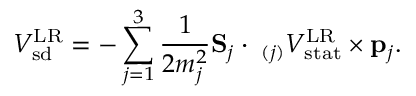
V _ { \mathrm { s d } } ^ { \mathrm { L R } } = - \sum _ { j = 1 } ^ { 3 } { \frac { 1 } { 2 m _ { j } ^ { 2 } } } { \bf S } _ { j } \cdot { \bf \nabla } _ { ( j ) } V _ { \mathrm { s t a t } } ^ { \mathrm { L R } } \times { \bf p } _ { j } .